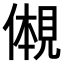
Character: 𫌠